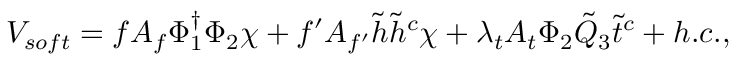
V _ { s o f t } = f A _ { f } \Phi _ { 1 } ^ { \dagger } \Phi _ { 2 } \chi + f ^ { \prime } A _ { f ^ { \prime } } \tilde { h } \tilde { h } ^ { c } \chi + \lambda _ { t } A _ { t } \Phi _ { 2 } \tilde { Q } _ { 3 } \tilde { t } ^ { c } + h . c . ,